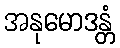
အနုမောဒန္တံ